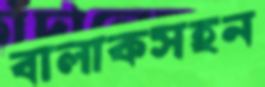
বালাকসহন